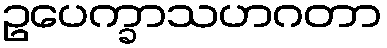
ဥပေက္ခာသဟဂတာ